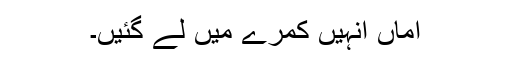
اماں انہیں کمرے میں لے گئیں۔